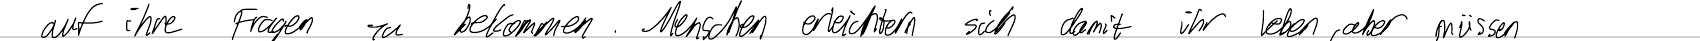
auf ihre Fragen zu bekommen. Menschen erleichtern sich damit ihr Leben, aber müssen